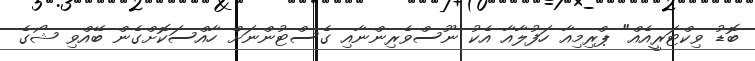
ބޮޑު ވިކްޓަރީއެއް" ޕްރިމިއާ ހަފުލާއާ އެކު ނޫސްވެރިންނާއި ގެސްޓުންނަށް ހާއްސަކޮށްގެން ބޭއްވި ޝޯގެ